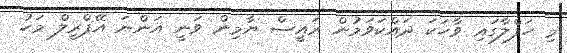
މި ހަފްލާގައި ވާހަކަ ދައްކަވަމުން ރައީސް ޔާމިން ވަނީ އަންނަ އޭޕްރީލް މަހު